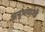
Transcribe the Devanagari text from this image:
अनुभवाशी